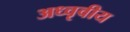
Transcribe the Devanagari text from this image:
अध्वृवीय